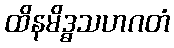
ထိနမိဒ္ဓသဟဂတံ